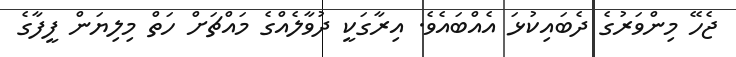
ޖެހޭ މިންވަރުގެ ދެބައިކުޅަ އެއްބައެވެ. އިރާގަކީ ދުވާލެއްގެ މައްޗަށް ހަތް މިލިޔަން ފީފާގެ